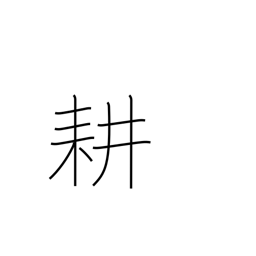
Meaning: till